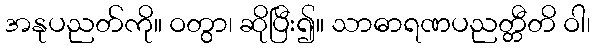
အနုပညတ်ကို။ ဝတွာ၊ ဆိုပြီး၍။ သာဓာရဏပညတ္တီတိ ဝါ၊